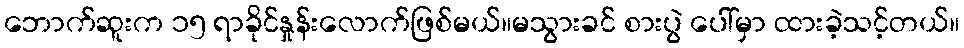
ဘောက်ဆူးက ၁၅ ရာခိုင်နှုန်းလောက်ဖြစ်မယ်။မသွားခင် စားပွဲ ပေါ်မှာ ထားခဲ့သင့်တယ်။